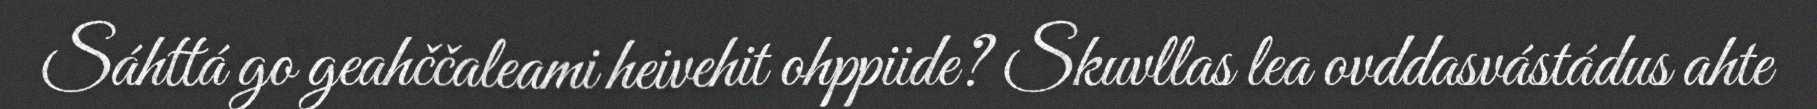
Sáhttá go geahččaleami heivehit ohppiide? Skuvllas lea ovddasvástádus ahte